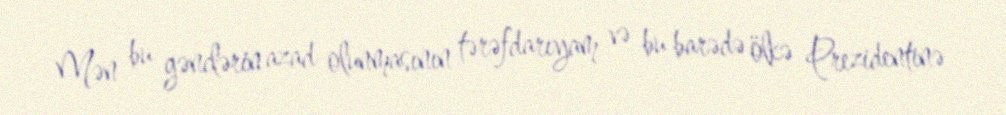
Mən bu gənclərin azad olunmasının tərəfdarıyam və bu barədə ölkə Prezidentinə